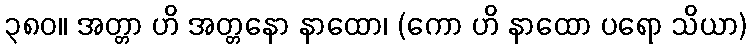
၃၈၀။ အတ္တာ ဟိ အတ္တနော နာထော၊ (ကော ဟိ နာထော ပရော သိယာ)